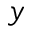
y